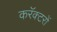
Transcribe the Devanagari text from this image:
करॅक्टरों